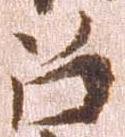
召